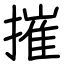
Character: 摧